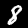
Digit: 8